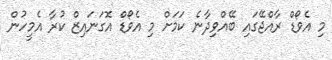
މި އެވޯޑް ރާއްޖޭގައި ބޭއްވިދާނެ ކަމަށް މި އެވޯޑް އޮގަނައިޒް ކުރާ އެމީހުން